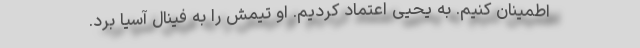
اطمینان کنیم. به یحیی اعتماد کردیم. او تیمش را به فینال آسیا برد.